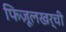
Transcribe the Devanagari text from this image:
फिज़ूलखर्ची